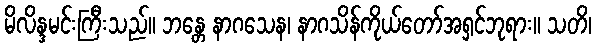
မိလိန္ဒမင်းကြီးသည်။ ဘန္တေ နာဂသေန၊ နာဂသိန်ကိုယ်တော်အရှင်ဘုရား။ သတိ၊